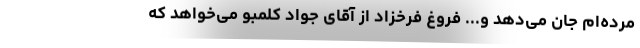
مرده‌ام جان می‌دهد و... فروغ فرخزاد از آقای جواد کلمبو می‌خواهد که